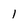
Character: 1